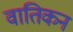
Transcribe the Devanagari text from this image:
वातिकन